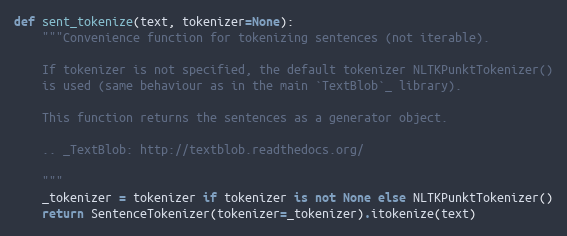
Language: Python
def sent_tokenize(text, tokenizer=None):
    """Convenience function for tokenizing sentences (not iterable).

    If tokenizer is not specified, the default tokenizer NLTKPunktTokenizer()
    is used (same behaviour as in the main `TextBlob`_ library).

    This function returns the sentences as a generator object.

    .. _TextBlob: http://textblob.readthedocs.org/

    """
    _tokenizer = tokenizer if tokenizer is not None else NLTKPunktTokenizer()
    return SentenceTokenizer(tokenizer=_tokenizer).itokenize(text)